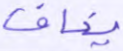
يخافا